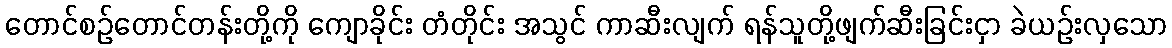
တောင်စဉ်တောင်တန်းတို့ကို ကျောခိုင်း တံတိုင်း အသွင် ကာဆီးလျက် ရန်သူတို့ဖျက်ဆီးခြင်းငှာ ခဲယဉ်းလှသော